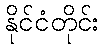
နိုင်ငံတိုင်း